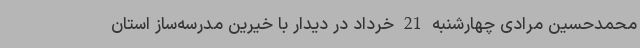
محمدحسین مرادی چهارشنبه 21 خرداد در دیدار با خیرین مدرسه‌ساز استان